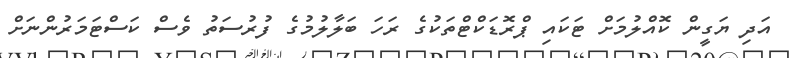
އަދި ޔަގީން ކޮއްލުމަށް ޓަކައި ޕްރޮޑަކްޓްތަކުގެ ރަހަ ބަލާލުމުގެ ފުރުސަތު ވެސް ކަސްޓަމަރުންނަށް